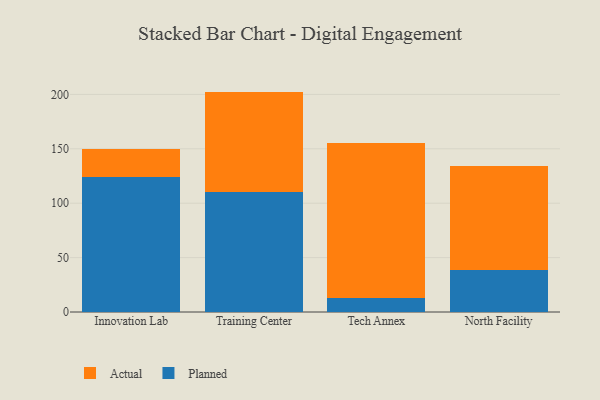
{"axis": {"x": "Campus", "y": "Market Share (%)"}, "legend": ["Actual", "Planned"], "data": [{"x": "Innovation Lab", "y": 124.0, "type": "Planned"}, {"x": "Innovation Lab", "y": 25.9, "type": "Actual"}, {"x": "Training Center", "y": 110.3, "type": "Planned"}, {"x": "Training Center", "y": 92.3, "type": "Actual"}, {"x": "Tech Annex", "y": 12.9, "type": "Planned"}, {"x": "Tech Annex", "y": 142.7, "type": "Actual"}, {"x": "North Facility", "y": 38.6, "type": "Planned"}, {"x": "North Facility", "y": 95.3, "type": "Actual"}]}